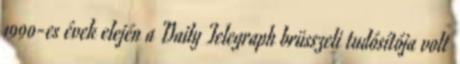
1990-es évek elején a Daily Telegraph brüsszeli tudósítója volt